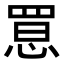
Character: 𢝮